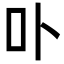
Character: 卟